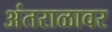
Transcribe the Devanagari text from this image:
अंतराळावर